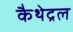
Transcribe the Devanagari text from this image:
कैथेद्रल